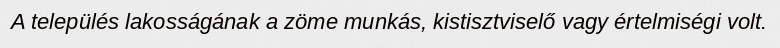
A település lakosságának a zöme munkás, kistisztviselő vagy értelmiségi volt.